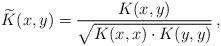
LaTeX: \begin{align*}\widetilde{K}(x, y) = \frac{K(x, y)}{\sqrt{K(x, x) \cdot K(y, y)}}\,,\end{align*}